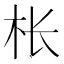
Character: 枨